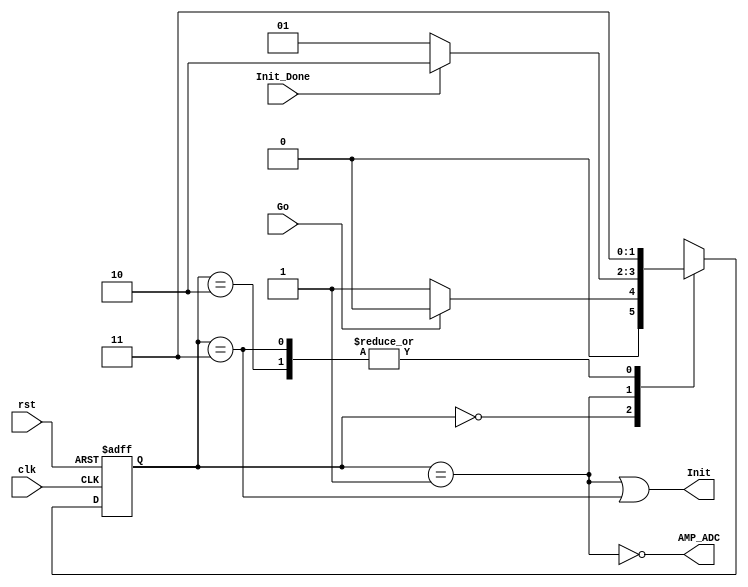
`timescale 1ns / 1ps


module FSMPrincipalSPI(clk, rst, Go, Init_Done, AMP_ADC, Init);

//El funcionamiento de esta maquina es el de proveer una secuencia clara
//para la inicializacion del Amplificador, por medio de AMP_ADC(CS_AMP)
//y la seleccion del ADC
//El diagrama la maquina se puede encontrar en el siguiente link
//Link:https://www.dropbox.com/s/sutwd80sce0b2p9/Control%20SPI%20-%20MaquinaSPIGeneral.jpeg

input clk, rst, Init_Done, Go;
output AMP_ADC, Init;

//Declaracion de las entradas
parameter[1:0] 
	S0 = 2'b00,
	S1 = 2'b01,
	S2 = 2'b10,
	S3 = 2'b11;
//Parametros locales utilizados para no tener que usar siempre la notacion binaria, y que
//y para permiti


reg [1:0] E_Presente, E_Siguiente;

//Combinacional de Salida
assign AMP_ADC = !(E_Presente == S1);
assign Init = (E_Presente == S1)||(E_Presente == S3);


//Logica de la Maquina
always @(posedge clk, posedge rst)
	
	if (rst)
		E_Presente <= S0;
	else
		E_Presente <= E_Siguiente;


//Diagrama de Estados, descrito en el diagrama presentado en conjunto con el proyecto
always @*
	begin
		case (E_Presente)
		
			S0: begin
					if(Go)
						E_Siguiente <= S0;
					else
						E_Siguiente <= S1;						
				end
				
			S1: begin	
					if (Init_Done)
						E_Siguiente <= S2;
					else
						E_Siguiente <= S1;
				 end
				 
			S2: begin
					E_Siguiente <= S3;
				  end
				  
			S3: begin
					E_Siguiente <= S3;
				end
		endcase
	end


endmodule